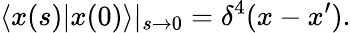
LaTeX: \langle x(s)|x(0)\rangle|_{s\rightarrow 0}=\delta^{4}(x-x^{\prime}).